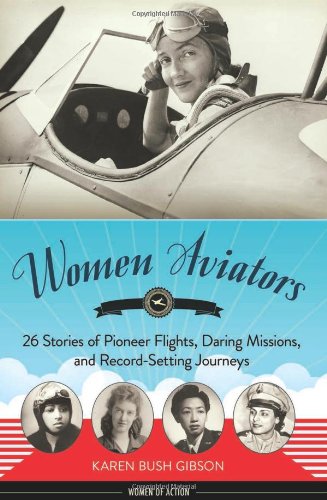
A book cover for Women Aviators: 26 Stories of Pioneer Flights, Daring Missions, and Record-Setting Journeys (Women of Action); Karen Bush Gibson; Teen & Young Adult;